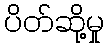
ပိတ်ဆို့မှု